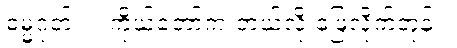
ဓမ္မဂုတ်။ ။ ကိုယ်တော်က ဘယ်လို ဖြေလိုက်တုန်း။